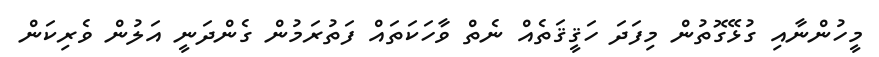
މީހުންނާއި ގުޅޭގޮތުން މިފަދަ ހަޤީޤަތެއް ނެތް ވާހަކަތައް ފަތުރަމުން ގެންދަނީ އަލުން ވެރިކަން